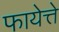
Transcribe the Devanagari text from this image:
फायेत्ते